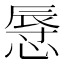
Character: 𢟲